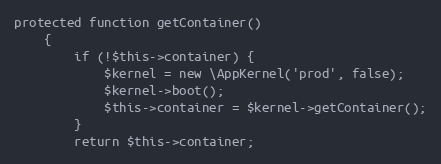
Language: PHP
protected function getContainer()
    {
        if (!$this->container) {
            $kernel = new \AppKernel('prod', false);
            $kernel->boot();
            $this->container = $kernel->getContainer();
        }
        return $this->container;